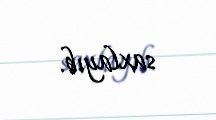
saxlayıb.